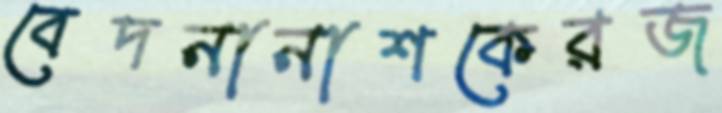
বেদনানাশকেরজ